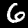
Label: 6